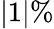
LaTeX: |1|\%